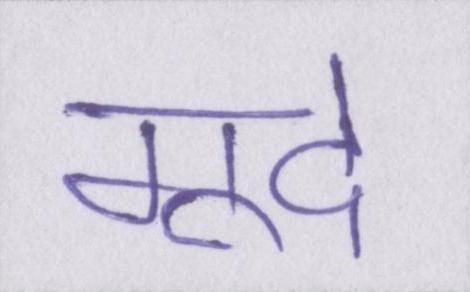
गूदे